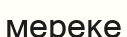
мереке